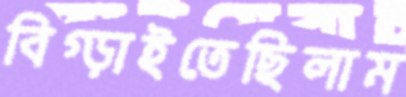
বিগ্‌ড়াইতেছিলাম